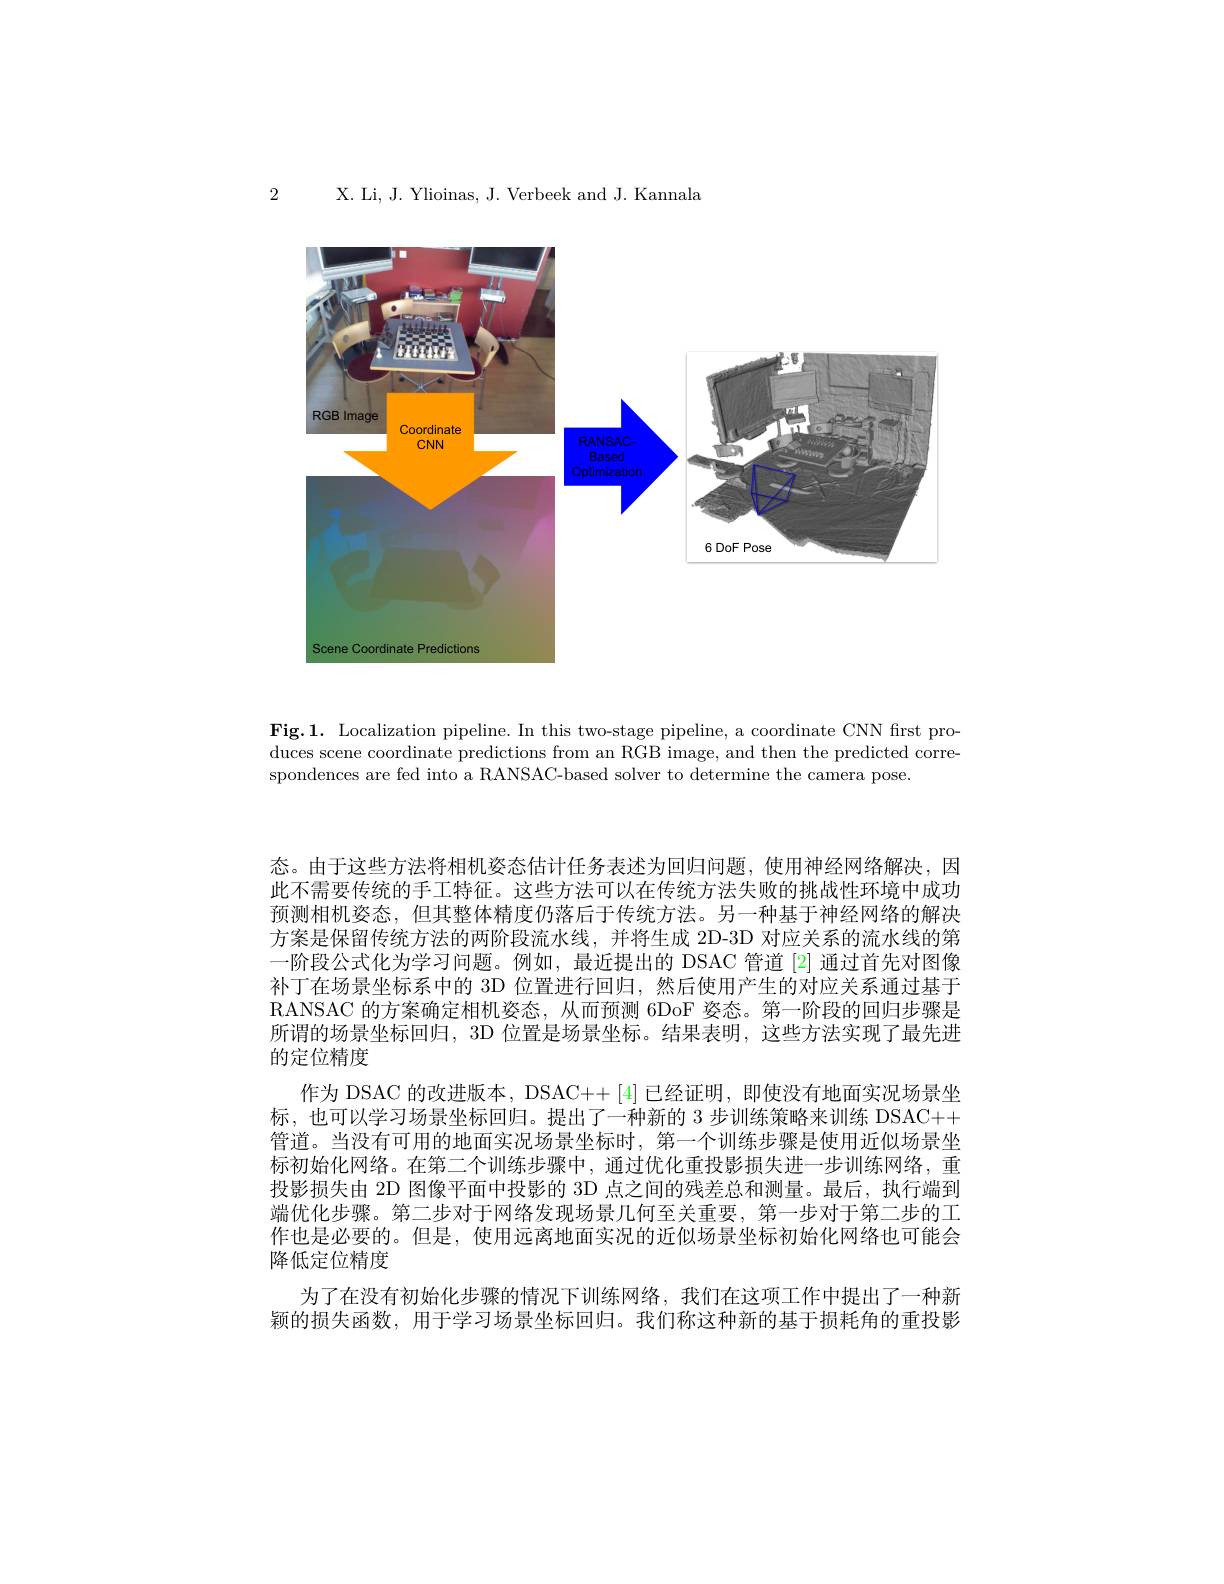
2

X. Li, J. Ylioinas, J. Verbeek and J. Kannala

<FigureHere>

Fig.1. Localization pipeline. In this two-stage pipeline, a coordinate CNN first produces scene coordinate predictions from an RGB image, and then the predicted correspondences are fed into a RANSAC-based solver to determine the camera pose.

态。由于这些方法将相机姿态估计任务表述为回归问题，使用神经网络解决，因此不需要传统的手工特征。这些方法可以在传统方法失败的挑战性环境中成功预测相机姿态，但其整体精度仍落后于传统方法。另一种基于神经网络的解决方案是保留传统方法的两阶段流水线，并将生成 2D-3D 对应关系的流水线的第一阶段公式化为学习问题。例如，最近提出的 DSAC 管道[2] 通过首先对图像补丁在场景坐标系中的 3D 位置进行回归，然后使用产生的对应关系通过基于RANSAC 的方案确定相机姿态，从而预测 6DoF 姿态。第一阶段的回归步骤是所谓的场景坐标回归，3D 位置是场景坐标。结果表明，这些方法实现了最先进的定位精度
作为 DSAC 的改进版本，DSAC++ [4] 已经证明，即使没有地面实况场景坐标，也可以学习场景坐标回归。提出了一种新的 3 步训练策略来训练 DSAC++ 管道。当没有可用的地面实况场景坐标时，第一个训练步骤是使用近似场景坐标初始化网络。在第二个训练步骤中，通过优化重投影损失进一步训练网络，重投影损失由 2D 图像平面中投影的 3D 点之间的残差总和测量。最后，执行端到端优化步骤。第二步对于网络发现场景几何至关重要，第一步对于第二步的工作也是必要的。但是，使用远离地面实况的近似场景坐标初始化网络也可能会降低定位精度
为了在没有初始化步骤的情况下训练网络，我们在这项工作中提出了一种新颖的损失函数，用于学习场景坐标回归。我们称这种新的基于损耗角的重投影